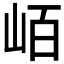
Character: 𭖖